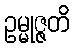
ဥမ္မုဇ္ဇတိ